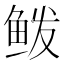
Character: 𱇣